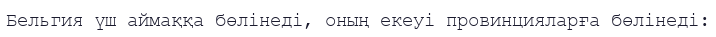
Бельгия үш аймаққа бөлінеді, оның екеуі провинцияларға бөлінеді: